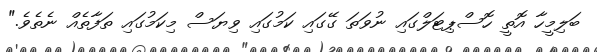
ބަލިމީހާ އޮތީ ހޮސްޕިޓަލްގައި ނުވަތަ ގޭގައި ކަމުގައި ވިޔަސް މިކަމުގައި ތަފާތެއް ނެތެވެ."